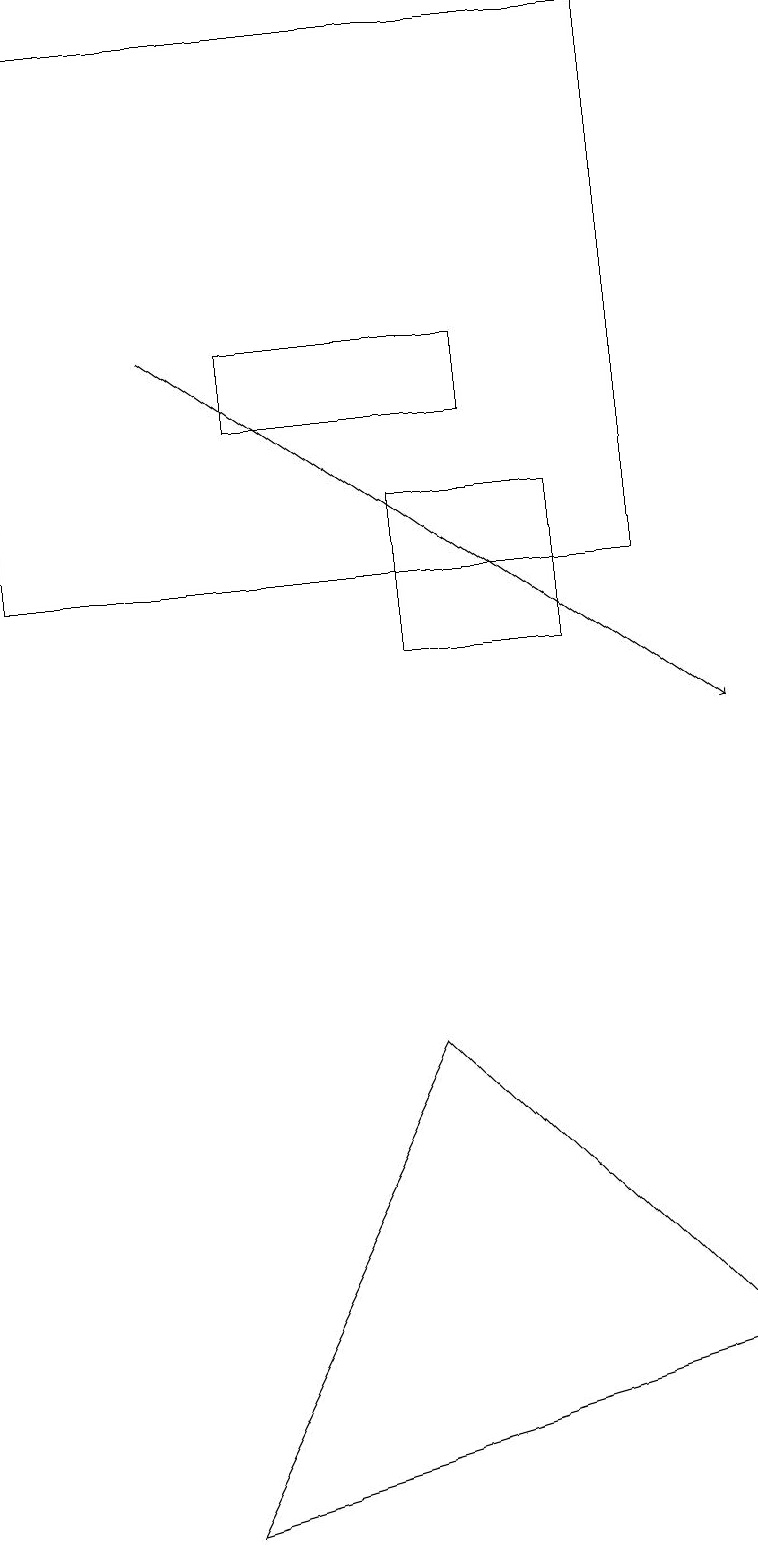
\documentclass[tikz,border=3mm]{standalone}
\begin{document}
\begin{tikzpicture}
\draw (5,13) rectangle (7,11);
\draw (0,12) rectangle (8,19);
\draw[->] (2,15) -- (9,10);
\draw (5,6) -- (2,0) -- (9,2) -- cycle;
\draw (3,14) rectangle (6,15);
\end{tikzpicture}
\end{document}